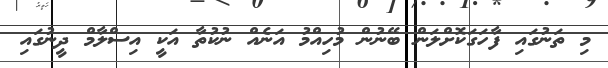
މި ތަނުގައި ފާހަގަކޮށްލަން ބޭނުން މުހިއްމު އަނެއް ނުކުތާ އަކީ އިސްލާމް ދީނުގައި